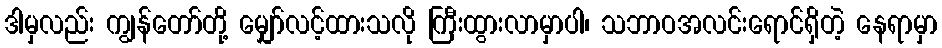
ဒါမှလည်း ကျွန်တော်တို့ မျှော်လင့်ထားသလို ကြီးထွားလာမှာပါ၊ သဘာဝအလင်းရောင်ရှိတဲ့ နေရာမှာ